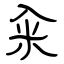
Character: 籴